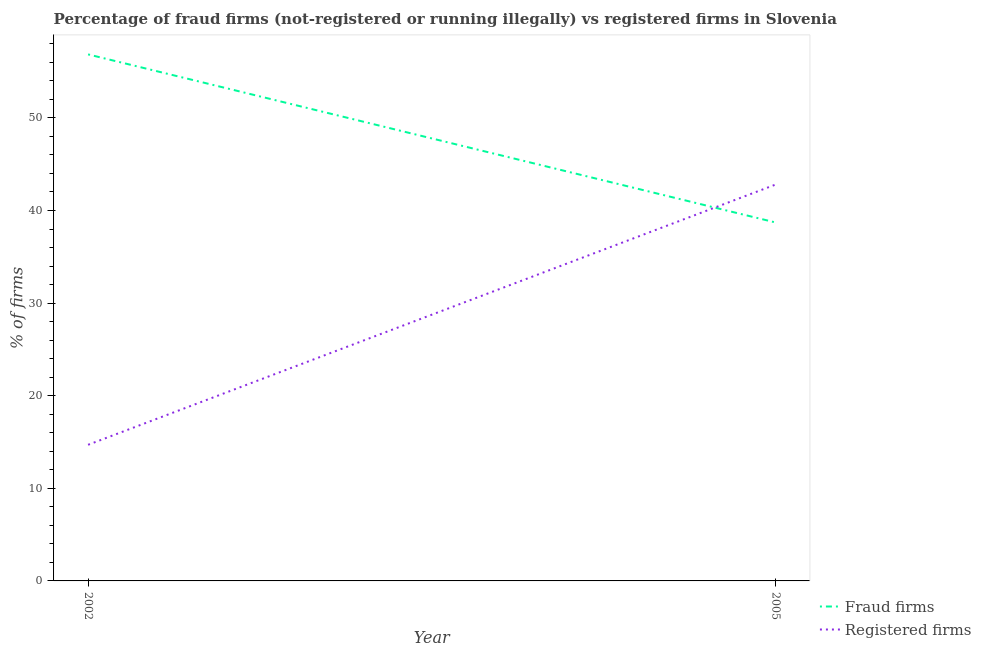
| Year | Fraud firms | Registered firms |
 | --- | --- | --- |
 | 2002 | 56.9 | 14.7 |
 | 2005 | 38.7 | 42.8 |